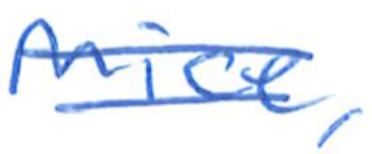
Text: Mice,
Cross-out: mix
Writing tool: ballpoint